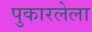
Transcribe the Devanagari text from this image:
पुकारलेला